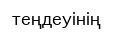
теңдеуінің